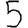
Digit: 5